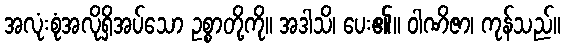
အလုံးစုံအလိုရှိအပ်သော ဥစ္စာတို့ကို။ အဒါသိ၊ ပေး၏။ ဝါဏိဇာ၊ ကုန်သည်။